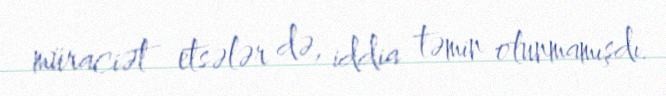
müraciət etsələr də, iddia təmin olunmamışdı.